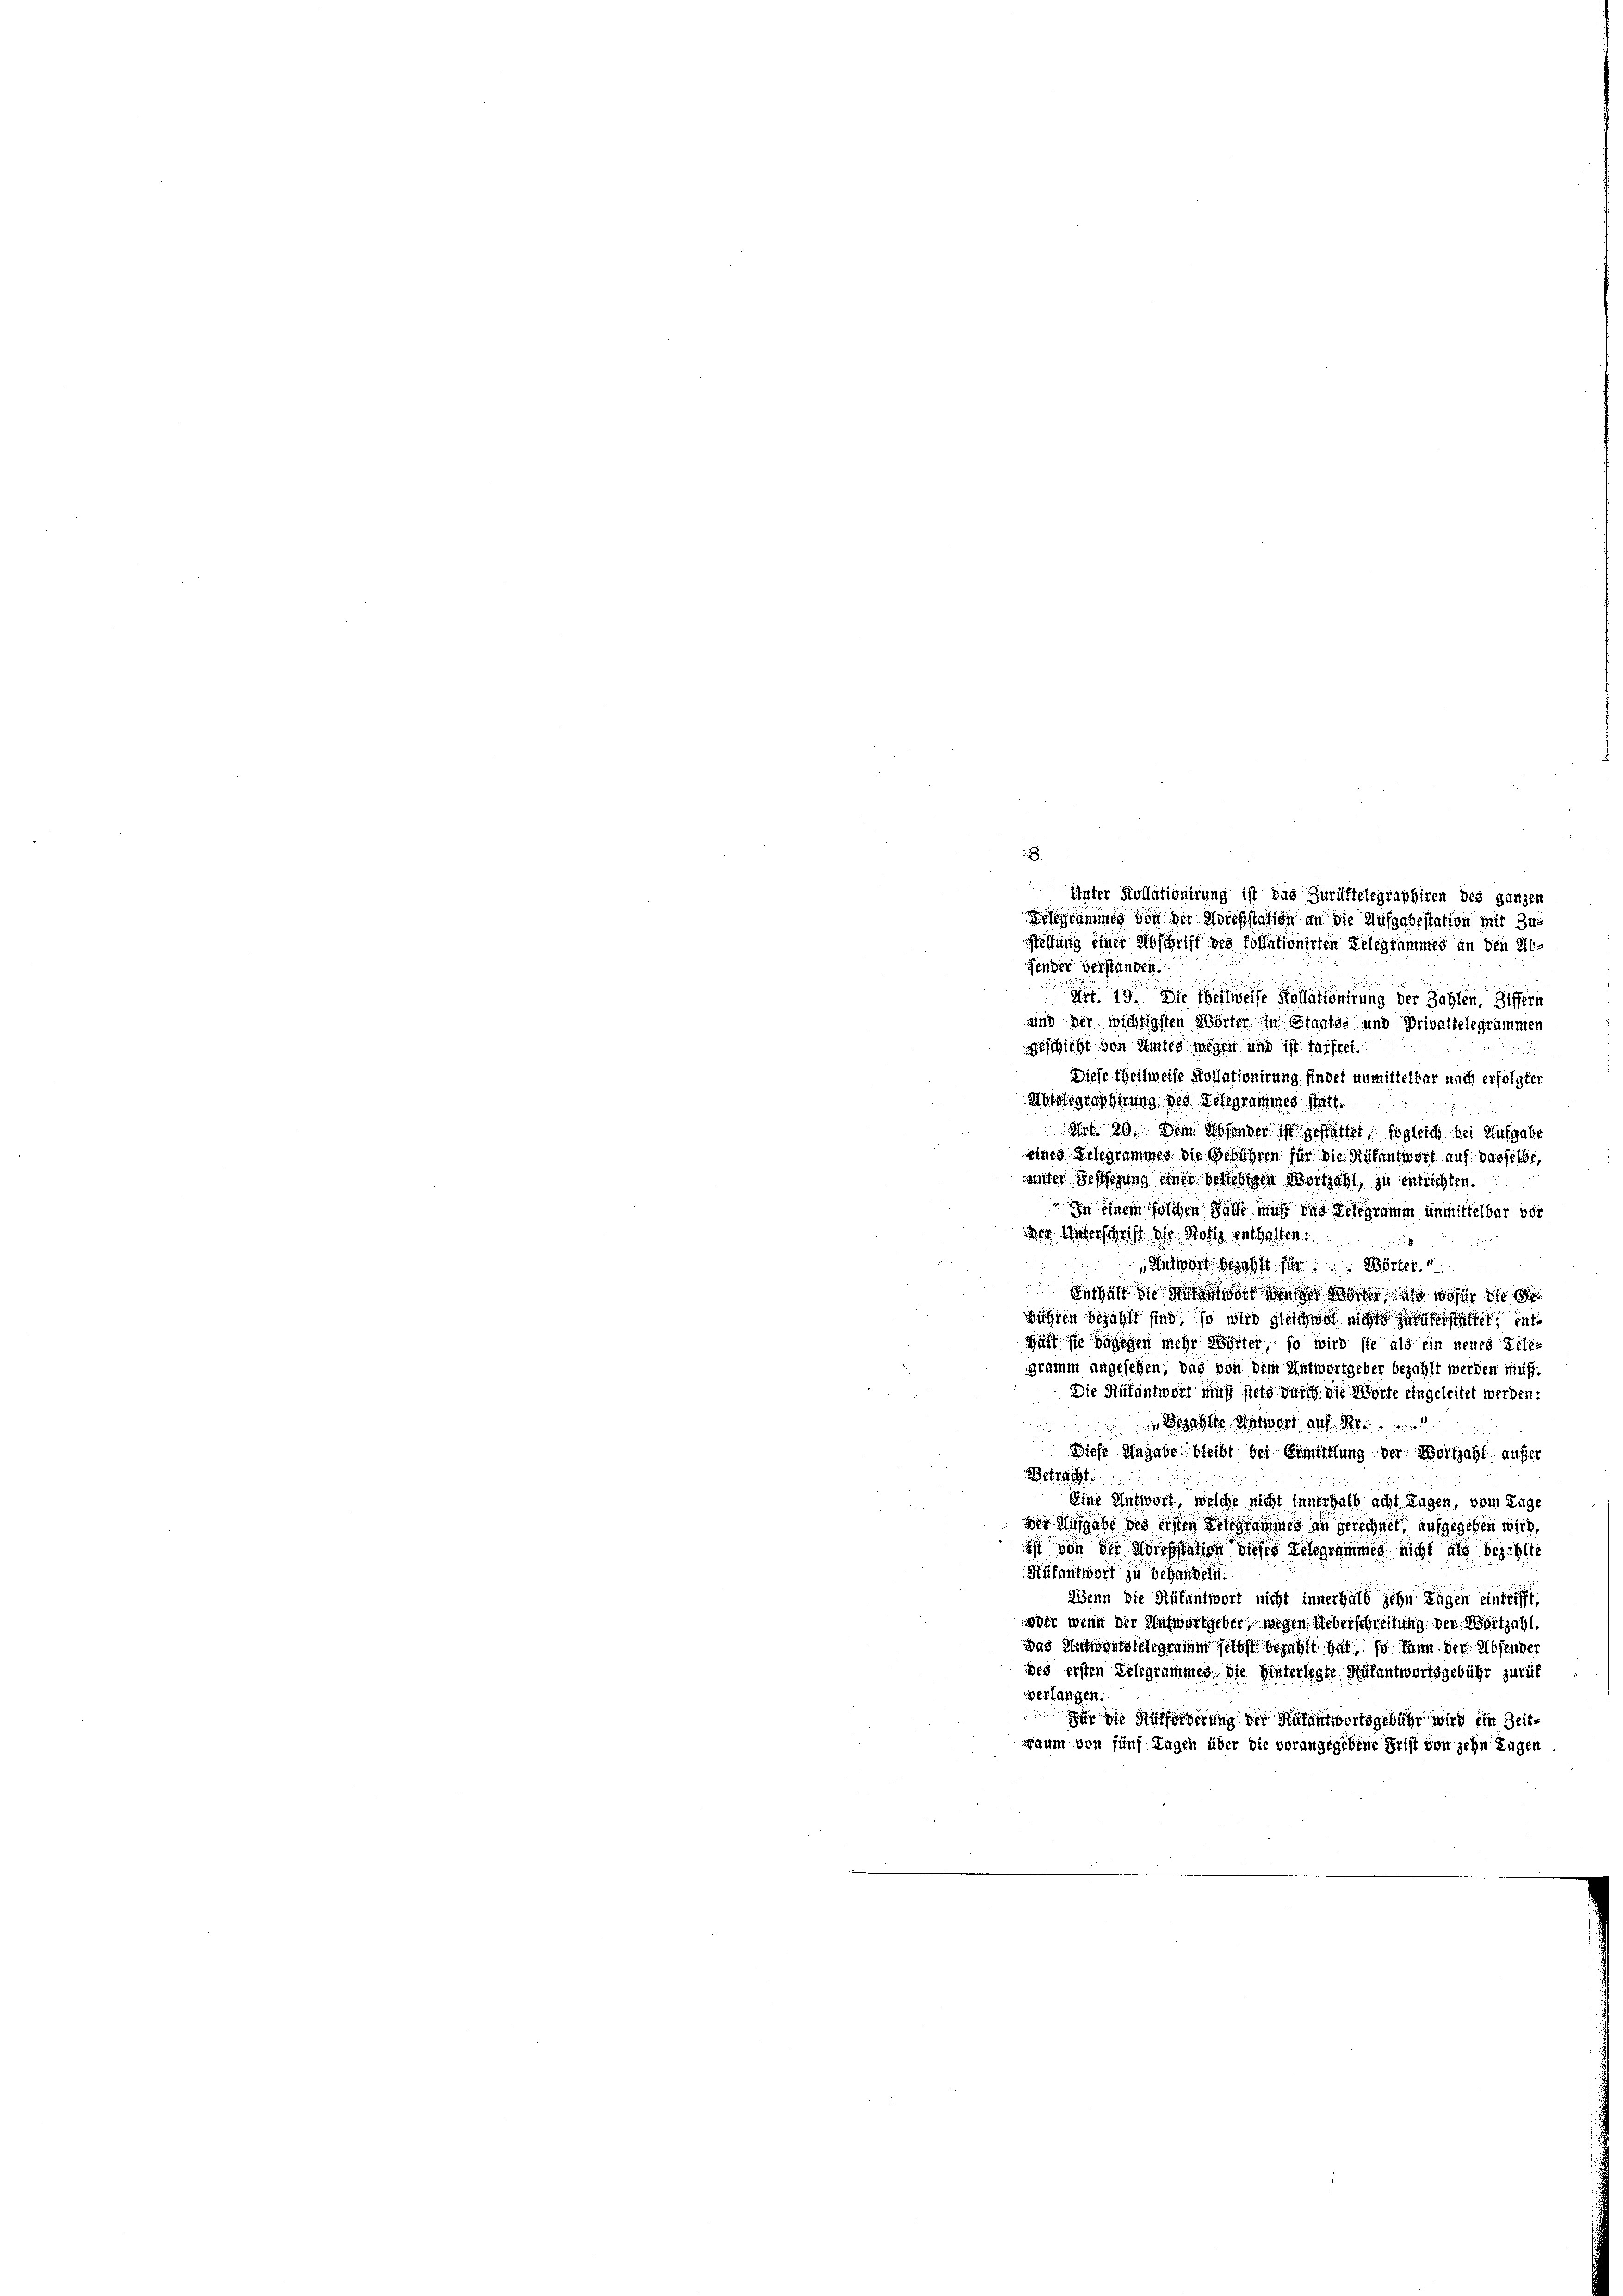
Fender verständen.
 19. Die Teilweise Kollationirung der Zahlen, Ziffern
und der wichtigsten Wörter in Staats- und Privattelegrammen
geschicht von Amtes wegen und ist darfrei
n
Diese theilweise Kollationirung findet unmittelbar nach erfolgter
Morelegraphirung des Telegrammes statt.
Irt 20. Die Absonder ist gestattet, sogleich bei Aufgabe
eines Erlegrammen die Gebühren für die Stufentwort auf dasselbe,
unter Bestigung einer beliebigen Worthalt, zu entrichten.
In einem solchen Falle muß des Telegramm unmittelbar vor
der Unterschrift des Notiz enthalten.
Weswort sicht für Börter.
Eigen die guten der seiner Worter als wofür die
wühlen bezahlt sind, so wird gleichwol nichts zurükerstattet ent
Hält sie zugegen mehr Wörter, so wird sie als ein neues Telegramm angesehen, das von dem Antwortgeber bezahlt werden muß.
Die Rükantwort muß stets durch die Worte eingeleitet werden:
Begabte Antwort auch
u
Diese Eingabe bleibt bei Einmittlung der Wortzahl aufer
Betracht
Eine Antwort, welche nicht innerhalb acht Tagen, vom Zuge
den Ausgabe des ersten Gelegrammes an gerechnet, aufgegeben wird,
ist von der Noressation dieses Telegrammes nicht als bezahlte
Rükantwort zu behandern.
Wenn die Rükantwort nicht innerhalb zehn Tagen eintrifft,
wer wenn der Antwortgeber, wißen Ueberschreitung der Wortzahl,
Das Antwortstelegramm selbst bezahlt hat so kann der Absender
des ersten Delegrammes die Hinterlegte Auf antwortsgebühr zurück
verlangen.
Für die Aufforderung der Rutantwortsgebühr wird ein Zeitraum von fünf Tagen über die vorangegebene Frist von zehn Tagen

Unter Kollationirung ist das Zurüftelegraphiren des ganzen
Kogrammes von der Adresstation an die Aufgabestation mit Zustellung einer Abschrift des Pollationirten Telegrammes an den Mi¬